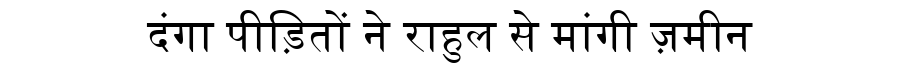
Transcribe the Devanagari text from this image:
दंगा पीड़ितों ने राहुल से मांगी ज़मीन